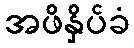
အဖိနှိပ်ခံ